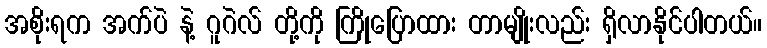
အစိုးရက အက်ပဲ နဲ့ ဂူဂဲလ် တို့ကို ကြိုပြောထား တာမျိုးလည်း ရှိလာနိုင်ပါတယ်။